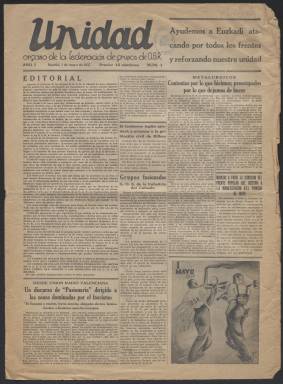
Título: Unidad (Federación de Grupos de O.S.R.)
Colección: Periódicos || Guerra civil
Ámbito geográfico: Madrid
Lugar de publicación: Madrid
Fechas: 01/05/1937-13/05/1938